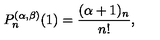
P _ { n } ^ { ( \alpha , \beta ) } ( 1 ) = \frac { ( \alpha + 1 ) _ { n } } { n ! } ,